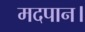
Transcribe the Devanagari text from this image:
मदपान।